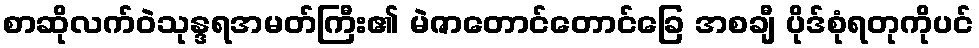
စာဆိုလက်ဝဲသုန္ဒရအမတ်ကြီး၏ မဲဇာတောင်တောင်ခြေ အစချီ ပိုဒ်စုံရတုကိုပင်